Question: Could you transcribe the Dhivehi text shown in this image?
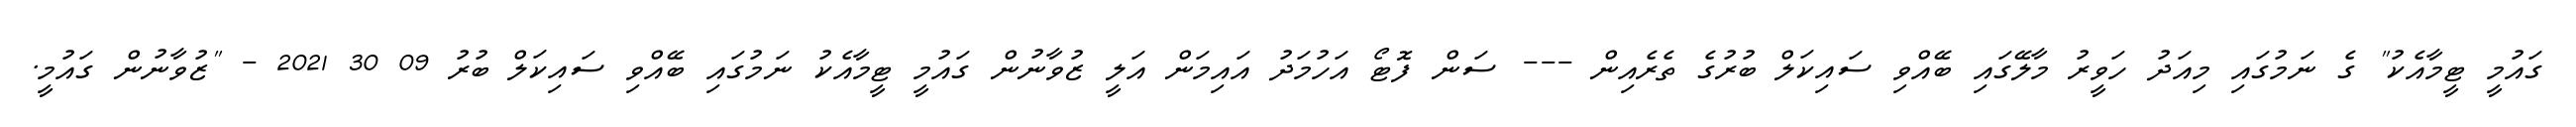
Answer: ގައުމީ ޓީމާއެކު" ގެ ނަމުގައި މިއަދު ހަވީރު މާލޭގައި ބޭއްވި ސައިކަލް ބުރުގެ ތެރެއިން --- ސަން ފޮޓޯ އަހުމަދު އައިމަން އަލީ ޒުވާނުން ގައުމީ ޓީމާއެކު ނަމުގައި ބޭއްވި ސައިކަލް ބުރު 09 30 2021 - "ޒުވާނުން ގައުމީ.